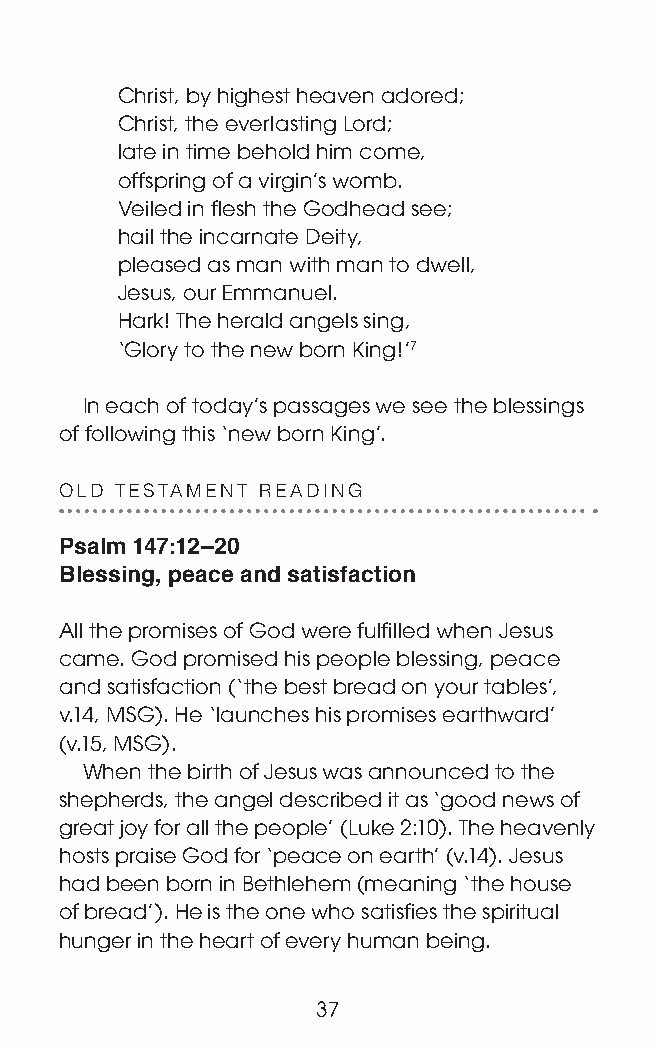
Christ, by highest heaven adored;
 Christ, the everlasting Lord;
 late in time behold him come,
 offspring of a virgin’s womb.
 Veiled in flesh the Godhead see;
 hail the incarnate Deity,
 pleased as man with man to dwell,
 Jesus, our Emmanuel.
 Hark! The herald angels sing,
 ‘Glory to the new born King!’7
 In each of today’s passages we see the blessings
 of following this ‘new born King’.
 OLD TESTAMENT READING
 Psalm 147:12–20
 Blessing, peace and satisfaction
 All the promises of God were fulfilled when Jesus
 came. God promised his people blessing, peace
 and satisfaction (‘the best bread on your tables’,
 v.14, MSG). He ‘launches his promises earthward’
 (v.15, MSG).
 When the birth of Jesus was announced to the
 shepherds, the angel described it as ‘good news of
 great joy for all the people’ (Luke 2:10). The heavenly
 hosts praise God for ‘peace on earth’ (v.14). Jesus
 had been born in Bethlehem (meaning ‘the house
 of bread’). He is the one who satisfies the spiritual
 hunger in the heart of every human being.
 37